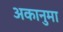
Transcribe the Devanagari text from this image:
अकानुमा